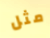
مثل